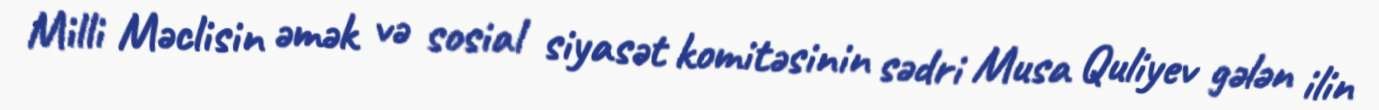
Milli Məclisin əmək və sosial siyasət komitəsinin sədri Musa Quliyev gələn ilin